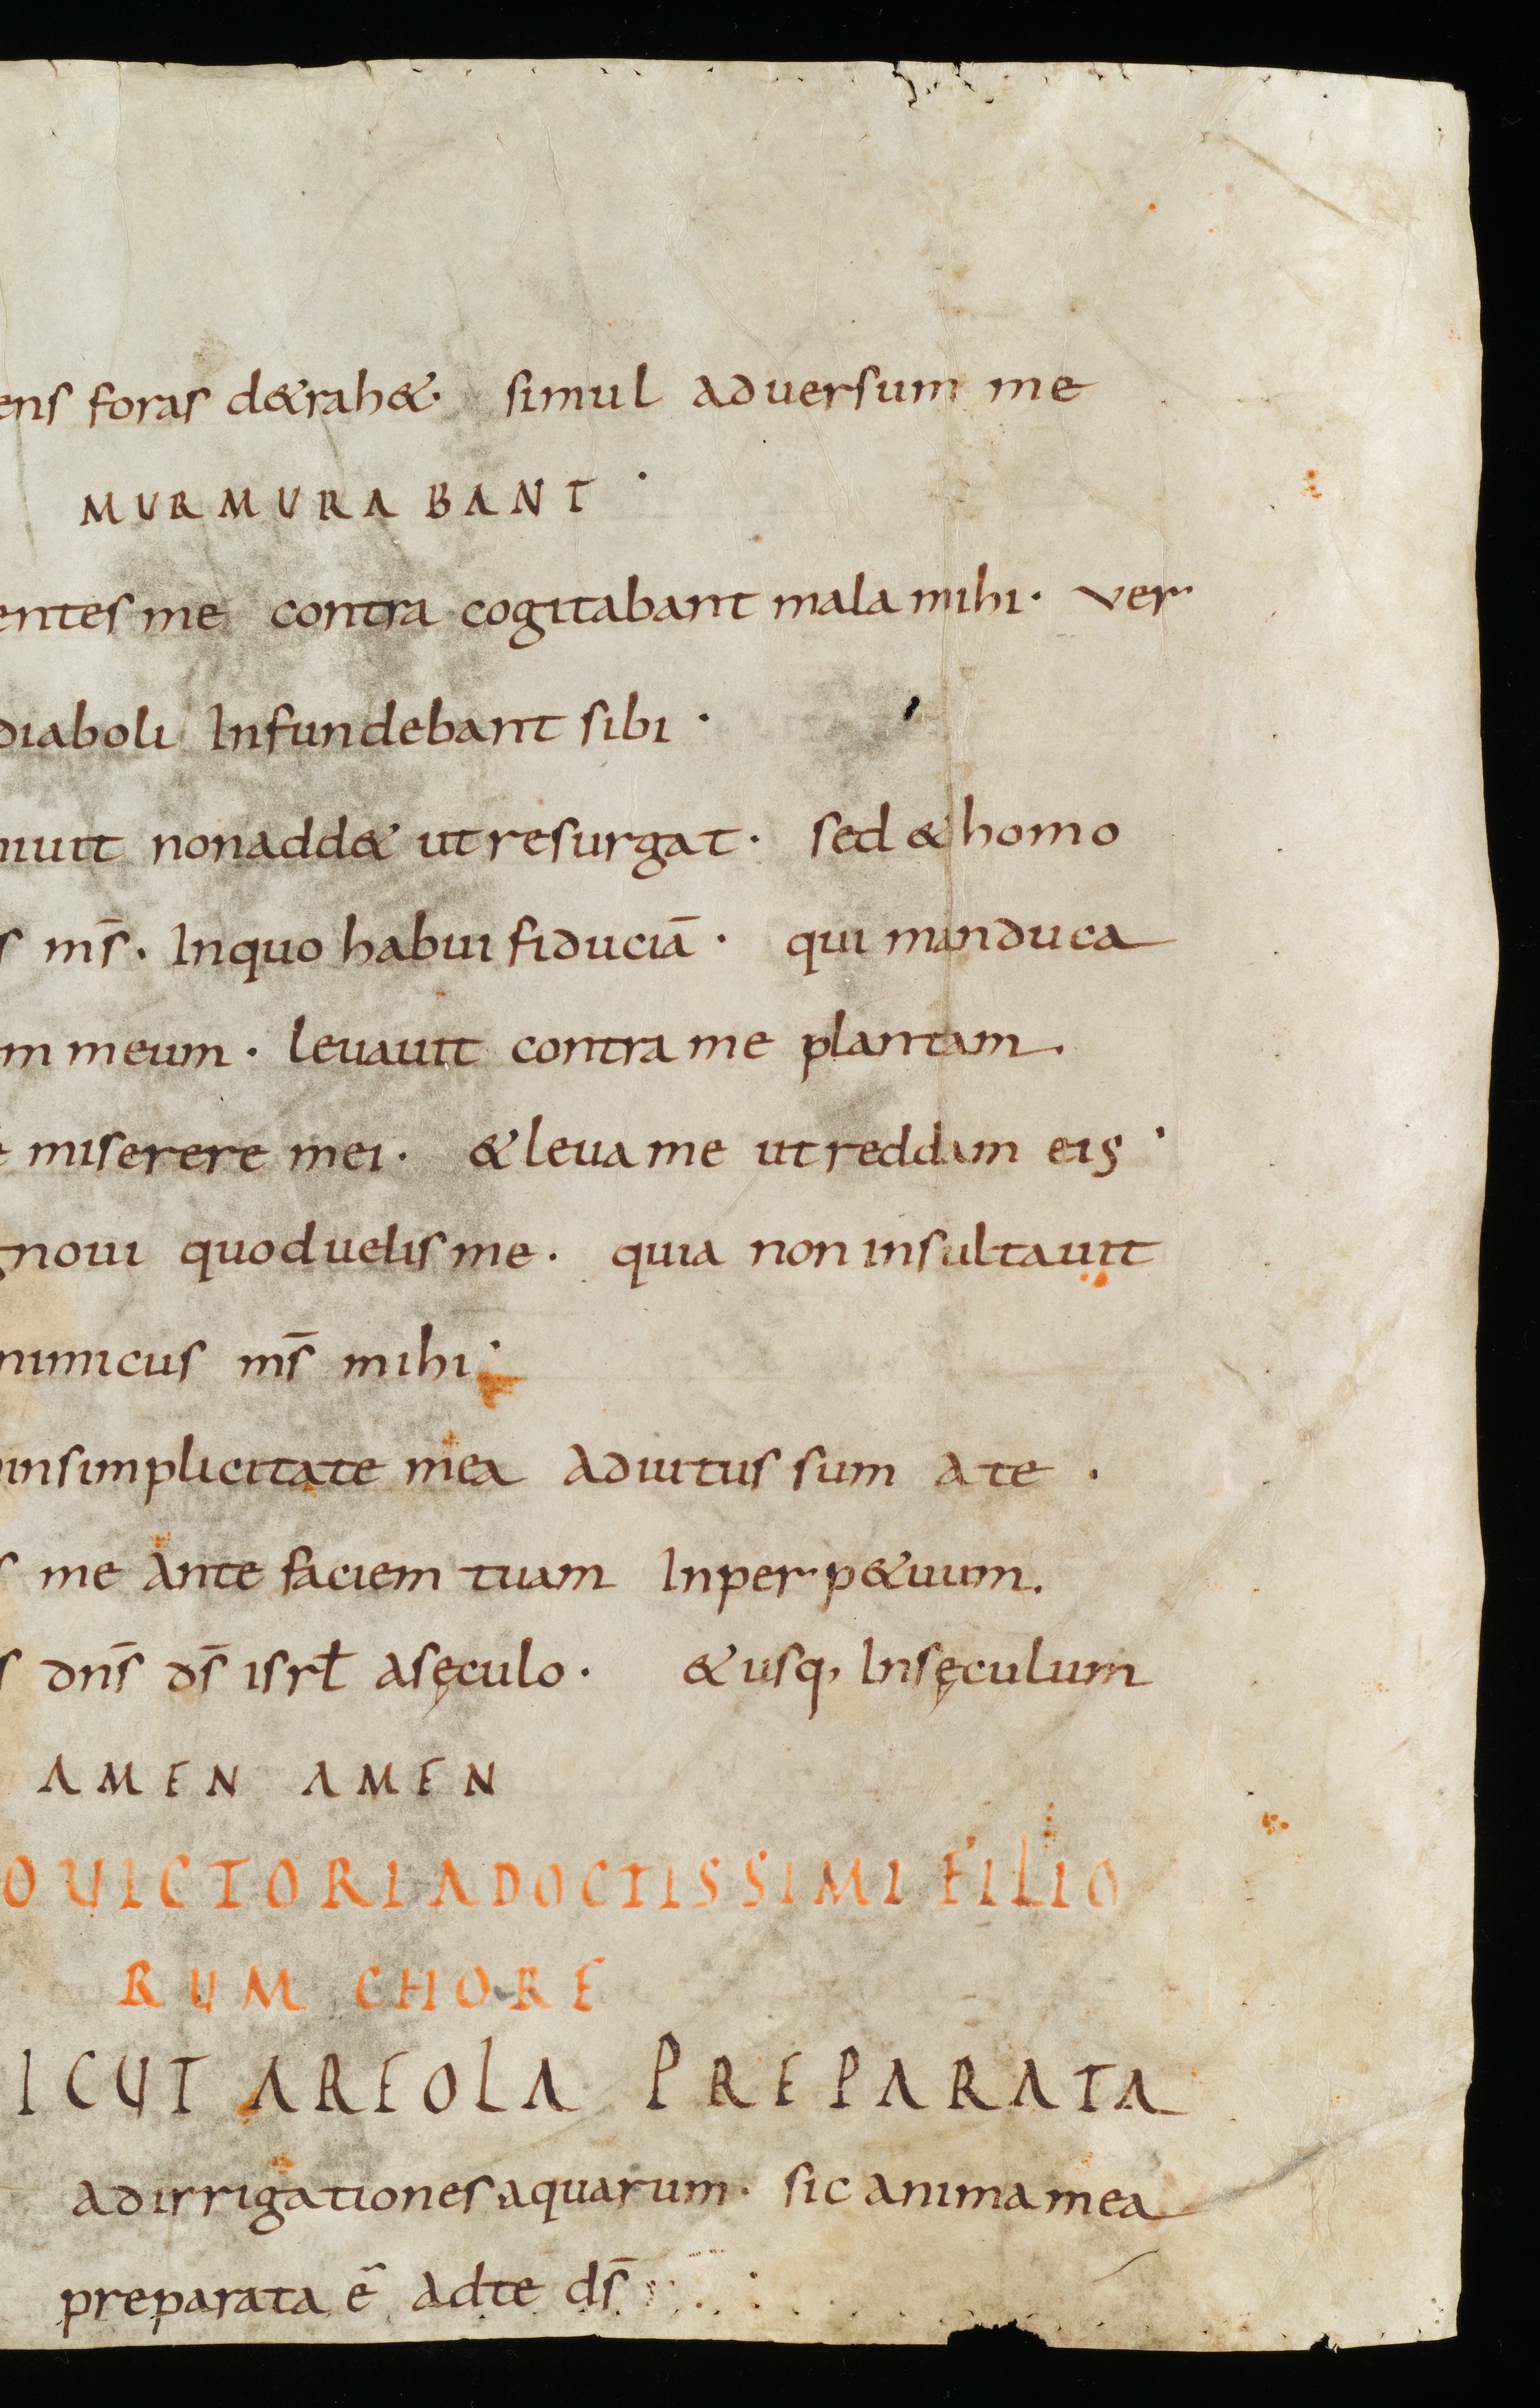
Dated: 885–999